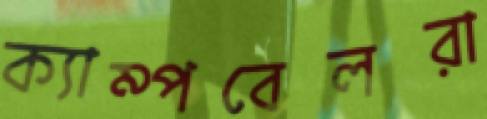
ক্যাম্পবেলরা